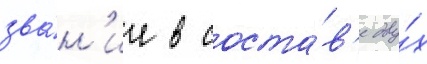
зва́н'ие в соста́в'е дву́х